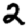
Digit: 2